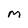
Character: M